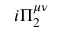
i \Pi _ { 2 } ^ { \mu \nu }